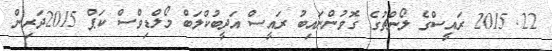
22